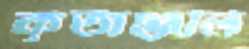
কৃতাঞ্জলি